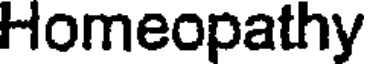
Homeopathy